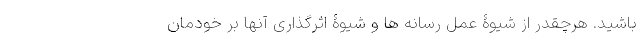
باشید. هرچقدر از شیوۀ عمل رسانه ها و شیوۀ اثرگذاری آنها بر خودمان